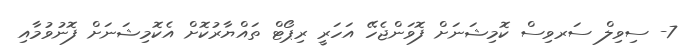
7- ސިވިލް ސަރވިސް ކޮމިޝަނަށް ފޮވަންޖެހޭ އަހަރީ ރިޕޯޓް ތައްޔާރުކޮށް އެކޮމިޝަނަށް ފޮނުވުމާއި